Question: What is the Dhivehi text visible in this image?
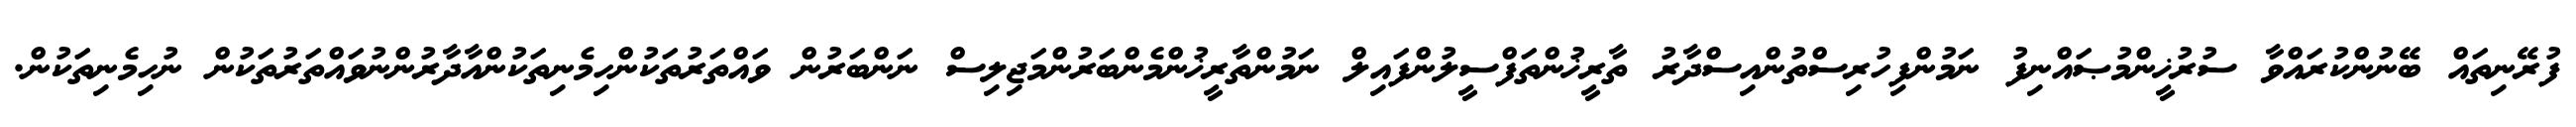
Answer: ފުރޭނިތައް ބޭނުންކުރައްވާ ސުރުޚީންމުޞައްނިފު ނަމުންފިހުރިސްތުންއިސްދާރު ތާރީޚުންތަފްސީލުންފައިލް ނަމުންތާރީޚުންމެންބަރުންމަޖިލިސް ނަންބަރުން ވައްތަރުތަކުންހިމެނިތަކުންއާދާރުންނުވައްތަރުތަކުން ނުހިމެނިތަކުން.